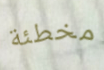
مخطئة